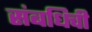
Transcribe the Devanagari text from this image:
संबधिची